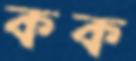
কক